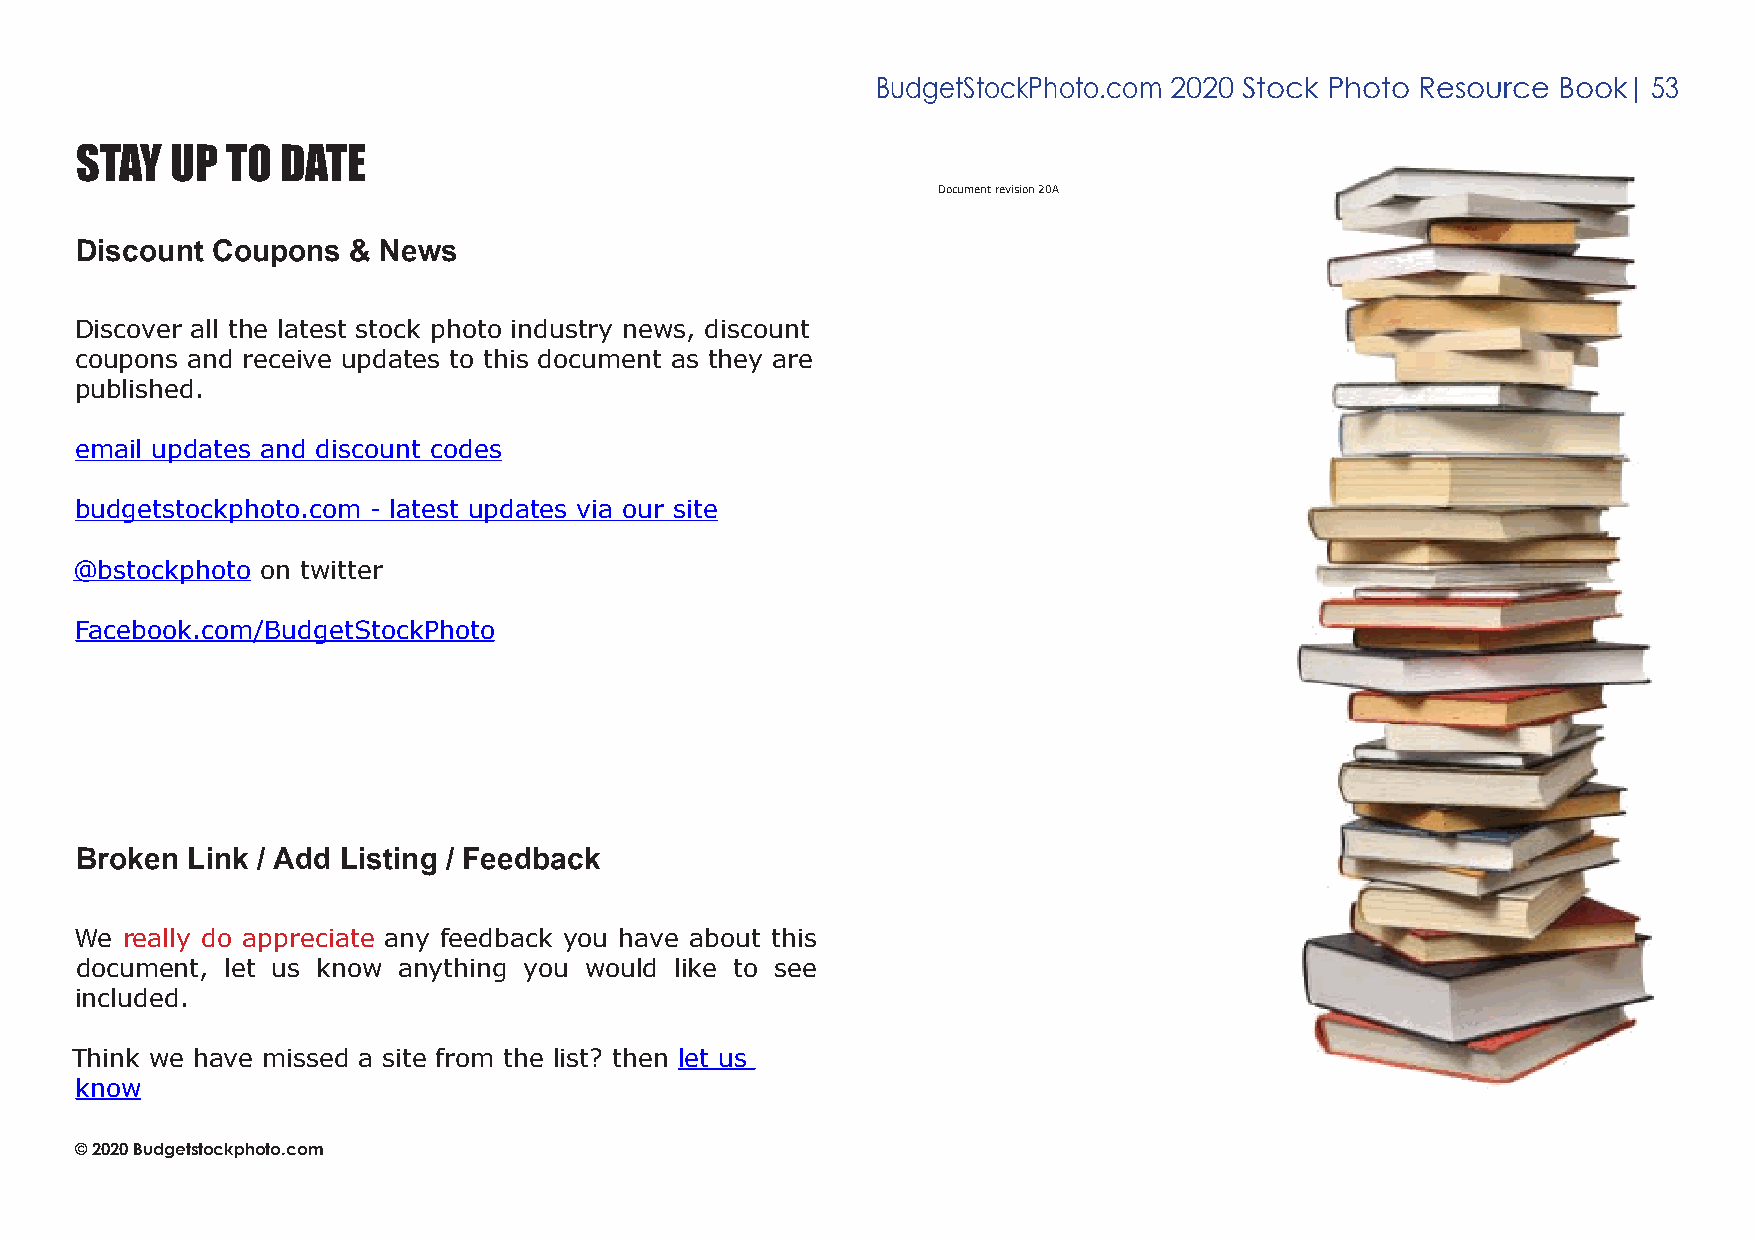
BudgetStockPhoto.com 2020 Stock Photo Resource Book| 53
 stay  Up  to  Date
 Document revision 20A
 Discount Coupons  & News
 Discover all the latest stock photo industry news, discount
 coupons and receive updates to this document as they are
 published.
 email updates and discount codes
 budgetstockphoto.com - latest updates via our site
 @bstockphoto on twitter
 Facebook.com/BudgetStockPhoto
 Broken Link / Add Listing / Feedback
 We really do appreciate any feedback you have about this
 document, let us know anything you would like to see
 included.
 Think we have missed a site from the list? then let us
 know
 © 2020 Budgetstockphoto.com